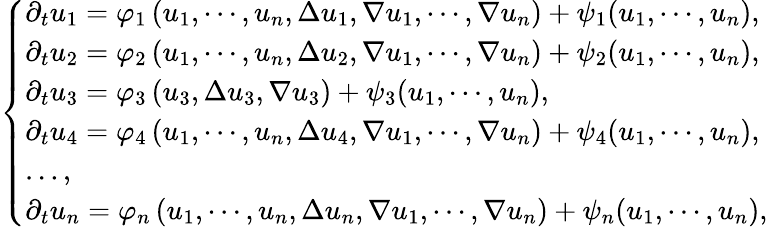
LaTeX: \left\{ \begin{array}{ll}{\displaystyle{\partial_{t}u_{1}={\varphi}_{1}\left(u_{1},\cdots,u_{n},\Delta u_{1},\nabla u_{1},\cdots,\nabla u_{n}\right)+\psi_{1}(u_{1},\cdots,u_{n})},}\\ {\displaystyle{\partial_{t}u_{2}={\varphi}_{2}\left(u_{1},\cdots,u_{n},\Delta u_{2},\nabla u_{1},\cdots,\nabla u_{n}\right)+\psi_{2}(u_{1},\cdots,u_{n})},}\\ {\displaystyle{\partial_{t}u_{3}={\varphi}_{3}\left(u_{3},\Delta u_{3},\nabla u_{3}\right)+\psi_{3}(u_{1},\cdots,u_{n})},}\\ {\displaystyle{\partial_{t}u_{4}={\varphi}_{4}\left(u_{1},\cdots,u_{n},\Delta u_{4},\nabla u_{1},\cdots,\nabla u_{n}\right)+\psi_{4}(u_{1},\cdots,u_{n})},}\\ {\displaystyle{\ldots,}}\\ {\displaystyle{\partial_{t}u_{n}={\varphi}_{n}\left(u_{1},\cdots,u_{n},\Delta u_{n},\nabla u_{1},\cdots,\nabla u_{n}\right)+\psi_{n}(u_{1},\cdots,u_{n})},}\end{array}\right.